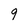
Character: 9